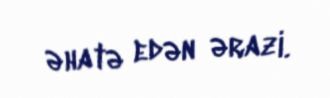
əhatə edən ərazi.